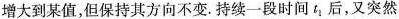
增大到某值，但保持其方向不变。持续一段时间t_{1}后，又突然